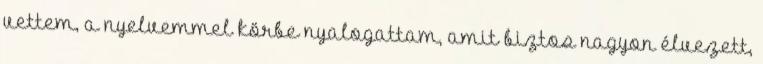
vettem, a nyelvemmel körbe nyalogattam, amit biztos nagyon élvezett,